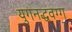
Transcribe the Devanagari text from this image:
युगनद्धवग्ग